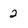
Character: 2